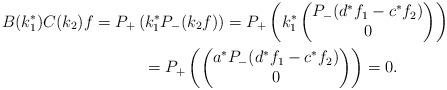
LaTeX: \begin{gather*}B(k_1^*)C(k_2)f=P_+\left(k_1^*P_-(k_2f)\right)=P_+\left(k_1^*\left(\begin{matrix}P_-(d^*f_1-c^*f_2)\\0\end{matrix}\right) \right)\\\hphantom{B(k_1^*)C(k_2)f}{}=P_+\left(\left(\begin{matrix}a^*P_-(d^*f_1-c^*f_2)\\0\end{matrix}\right)\right)=0.\end{gather*}